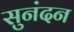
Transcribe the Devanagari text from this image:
सुनंदन